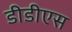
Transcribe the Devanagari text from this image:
डीडीएस